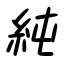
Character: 純